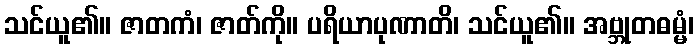
သင်ယူ၏။ ဇာတကံ၊ ဇာတ်ကို။ ပရိယာပုဏာတိ၊ သင်ယူ၏။ အဗ္ဘုတဓမ္မံ၊